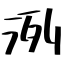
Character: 洌